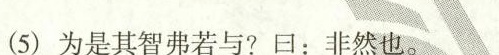
(5)为是其智弗若与?曰：非然也。